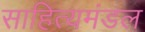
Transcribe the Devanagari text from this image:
साहित्यमंडल